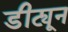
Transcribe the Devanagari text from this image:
डीट्यून